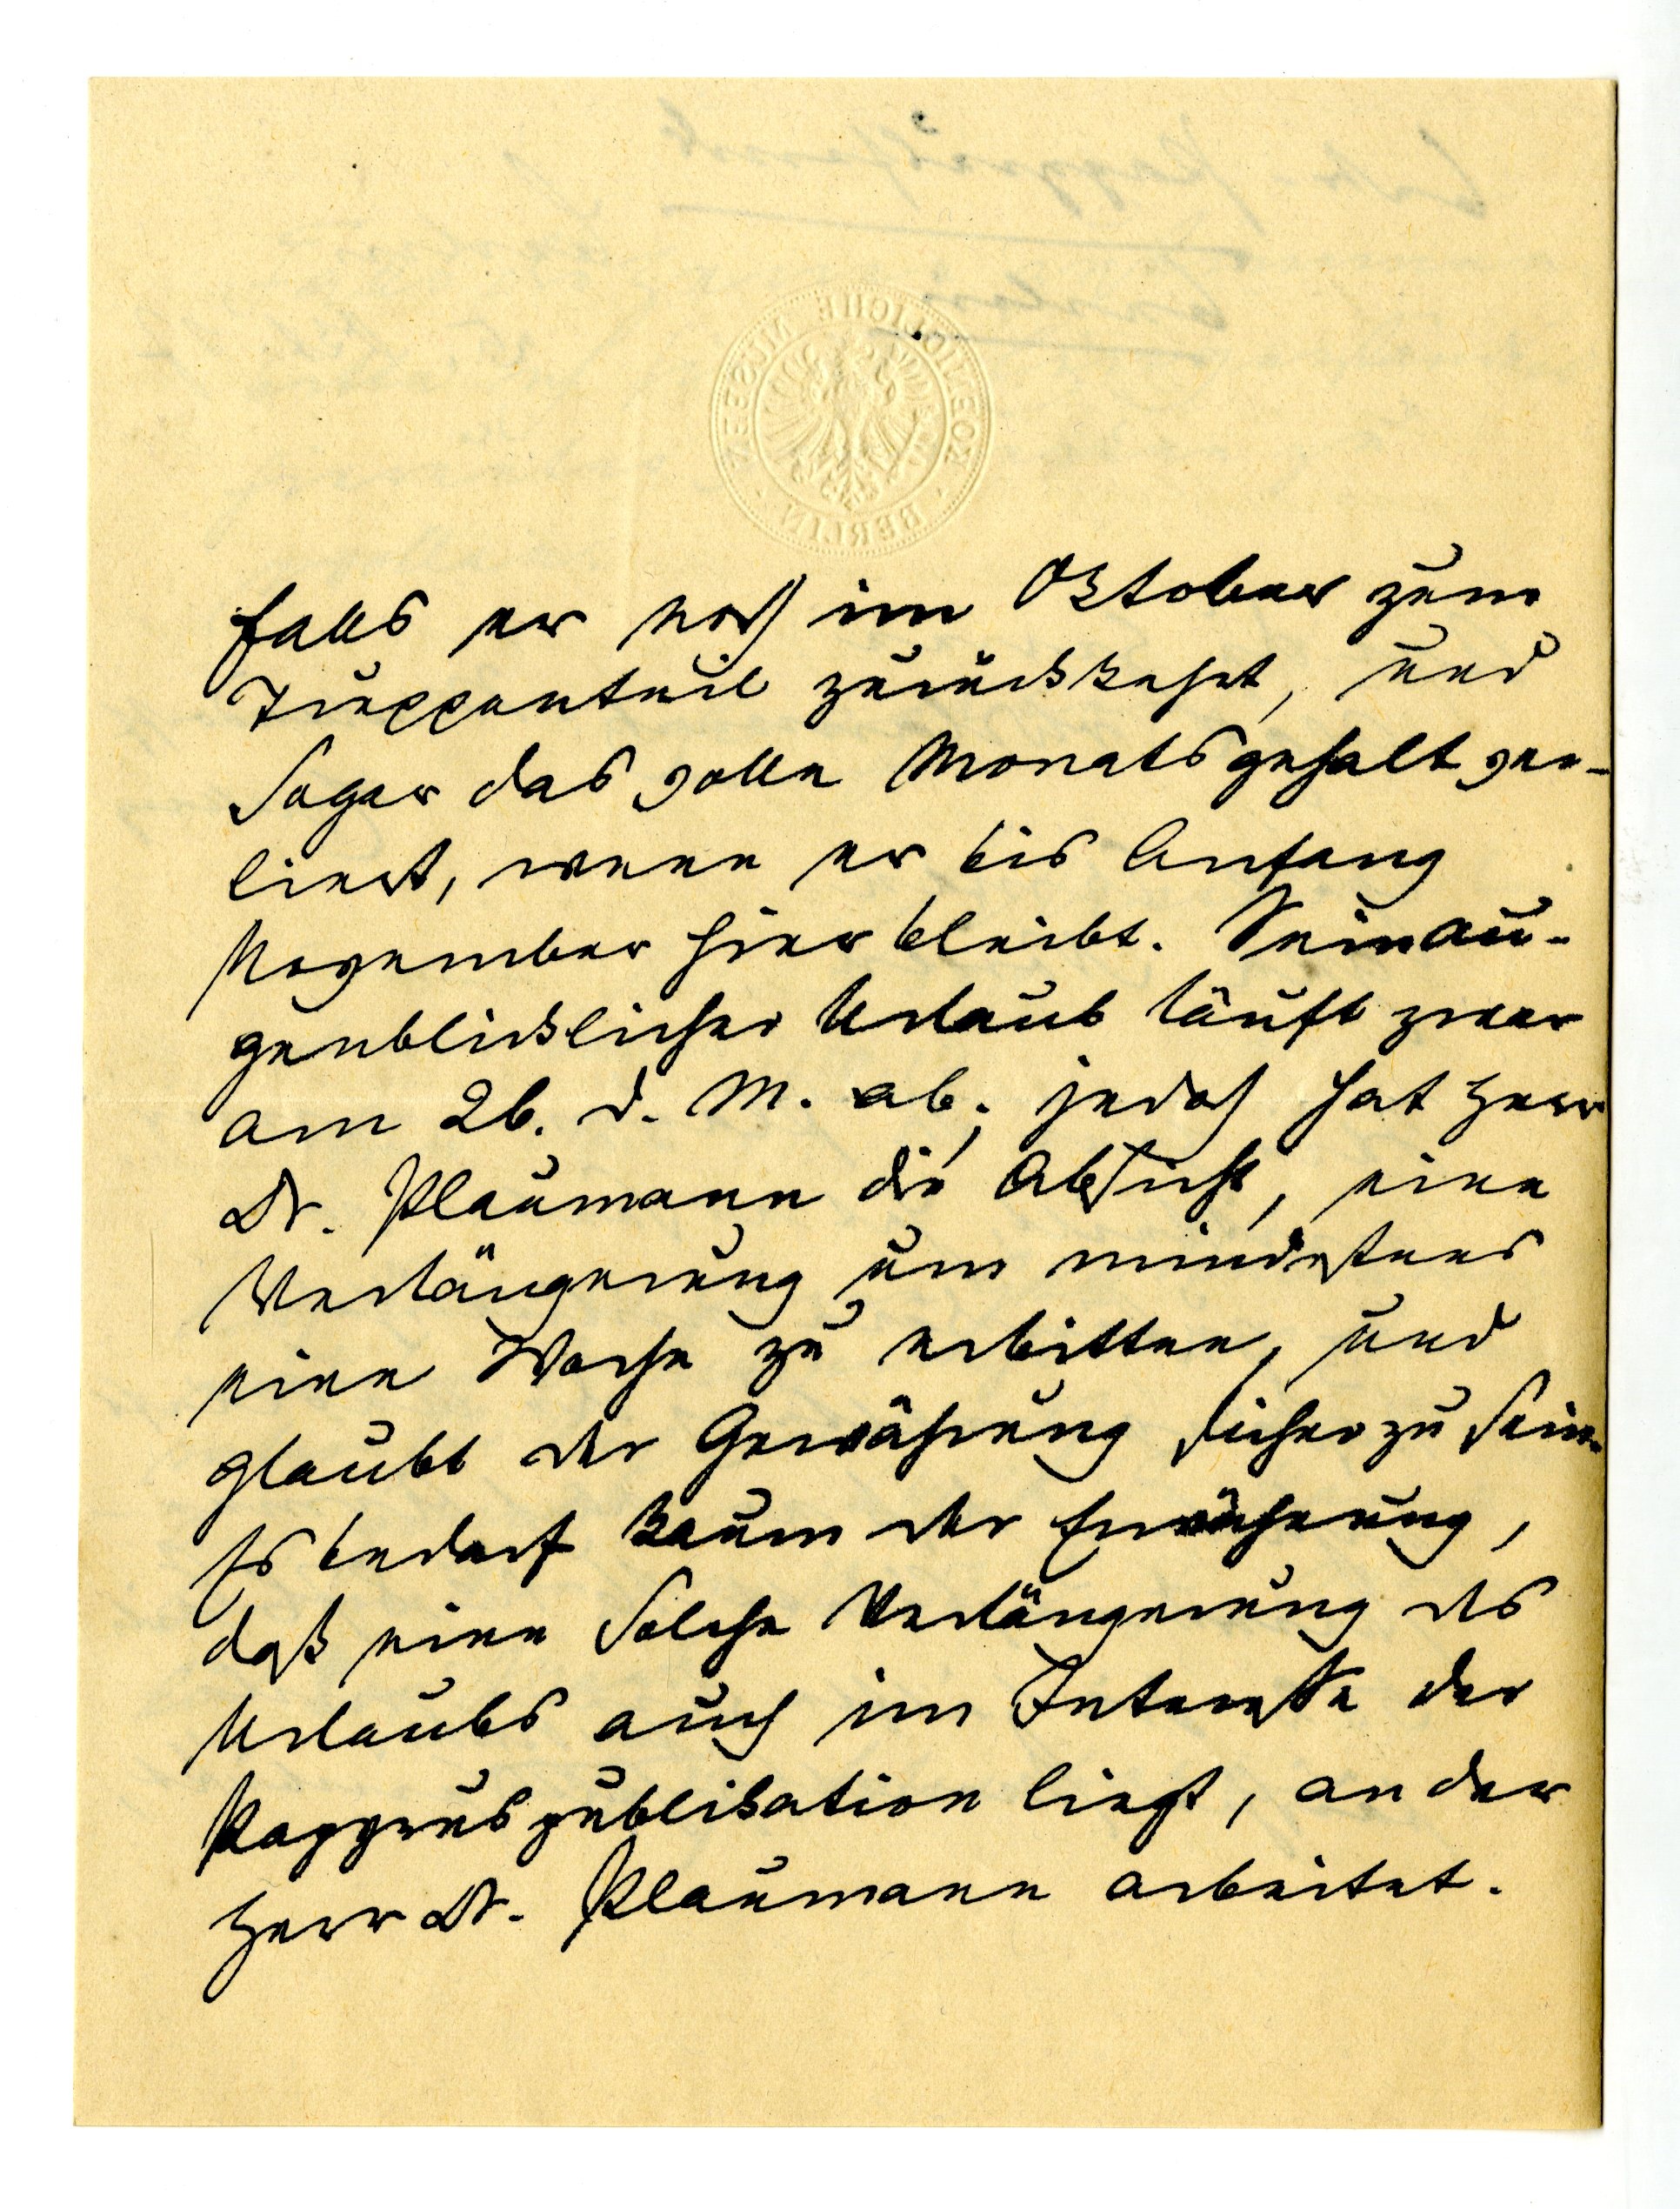
falls er noch im Oktober zum
Truppenteil zurückkehrt, und
sogar das volle Monatsgehalt ver¬
liert, wenn er bis Anfang
November hier bleibt. Sein au¬
genblicklicher Urlaub läuft zwar
am 26. d. M. ab; jedoch hat Herr
Dr. Plaumann die Absicht, eine
Verlängerung um mindestens
eine Wache zu erbitten, und
glaubt der Gew婲ung sicher zu sein.
Es bedarf kaum der Erwähnung,
daß eine solche Verlängerung des
Urlaubs auch im Interesse der
Papyruspublikation liegt, an der
Herr Dr. Plaumann arbeitet.